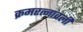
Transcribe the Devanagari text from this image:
क्रमरत्नावली